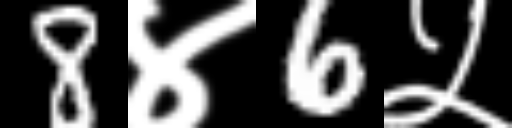
Text: 8४6५